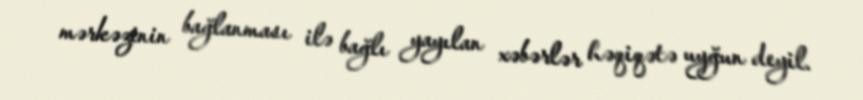
mərkəzinin bağlanması ilə bağlı yayılan xəbərlər həqiqətə uyğun deyil.